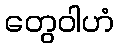
တွေဝါဟံ